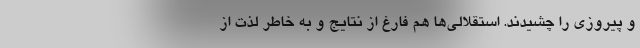
و پیروزی را چشیدند. استقلالی‌ها هم فارغ از نتایج و به خاطر لذت از